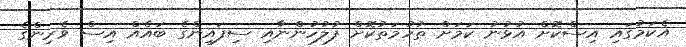
އެކަމުގައި އިސްކޮށް އުޅުނު ކަމަށް ތުހުމަތުކޮށް ފުލުހުންނާއި ސިފައިންގެ ބައެއް އިސް ވެރިންގެ